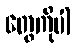
တွေကိုပါ